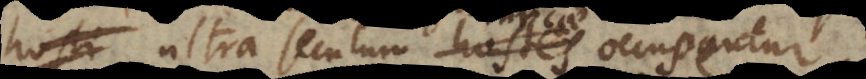
ltra seculum hostes occupentur.